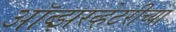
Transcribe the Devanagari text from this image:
ऑब्झरव्हेटरीच्या